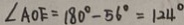
\angle A O E = 1 8 0 ^ { \circ } - 5 6 ^ { \circ } = 1 2 4 ^ { \circ }